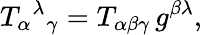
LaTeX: T_{\alpha}{}^{\lambda}{}_{\gamma}=T_{\alpha\beta\gamma}\, g^{\beta\lambda},